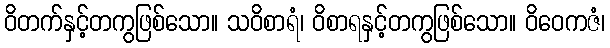
ဝိတက်နှင့်တကွဖြစ်သော။ သဝိစာရံ၊ ဝိစာရနှင့်တကွဖြစ်သော။ ဝိဝေကဇံ၊